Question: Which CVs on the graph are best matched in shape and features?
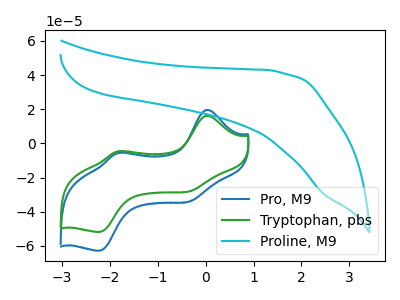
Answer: <think>The blue curve "Pro, M9" has anodic peaks at (0.05V, 19.65uA) (-1.80V, -5.40uA) and cathodic peaks at (-0.30V, -33.55uA) (-2.20V, -62.70uA). The green curve "Tryptophan, pbs" has anodic peaks at (0.05V, 16.20uA) (-1.80V, -4.45uA) and cathodic peaks at (-0.30V, -27.70uA) (-2.20V, -51.75uA). The cyan curve "Proline, M9" has no peaks.
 All the peaks in "Pro, M9" have a peak in "Tryptophan, pbs" at the same potential. "Pro, M9" and "Proline, M9" have a different number of peaks. "Tryptophan, pbs" and "Proline, M9" have a different number of peaks.</think>
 <answer>"Tryptophan, pbs" and "Pro, M9" have the same shape and are likely CV's of the same chemical.</answer>
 <eval>"Tryptophan, pbs" "Pro, M9"</eval>